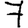
Digit: 7